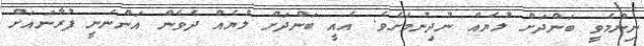
ނިންމެވީ ބަންދަށް ލުޔެއް ނުދިނުމަށެވެ. އެއީ ބަންދަށް ލުޔެއް ދެވެން އަންނަނީ ފުރާނައަށް